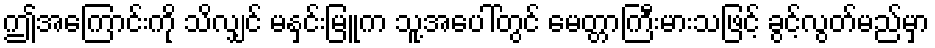
ဤအကြောင်းကို သိလျှင် မနှင်းမြူက သူ့အပေါ်တွင် မေတ္တာကြီးမားသဖြင့် ခွင့်လွတ်မည်မှာ